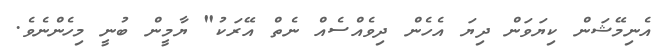
އެނިމޭޝަން ކިޔަވަން ދިޔަ އެހެން ދިވެއްސެއް ނެތް އޭރަކު" ޔާމީން ބުނީ މިހެންނެވެ.